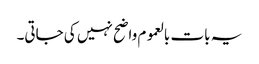
یہ بات بالعموم واضح نہیں کی جاتی۔